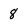
Character: 8